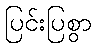
ပြင်းပြစွာ